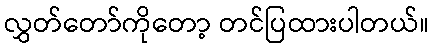
လွှတ်တော်ကိုတော့ တင်ပြထားပါတယ်။